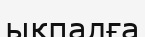
ықпалға